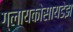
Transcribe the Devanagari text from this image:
ग्लायकोसायडेझ